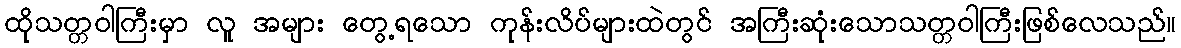
ထိုသတ္တဝါကြီးမှာ လူ အများ တွေ့ရသော ကုန်းလိပ်များထဲတွင် အကြီးဆုံးသောသတ္တဝါကြီးဖြစ်လေသည်။